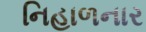
નિહાળનાર